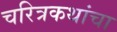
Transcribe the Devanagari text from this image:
चरित्रकथांचा